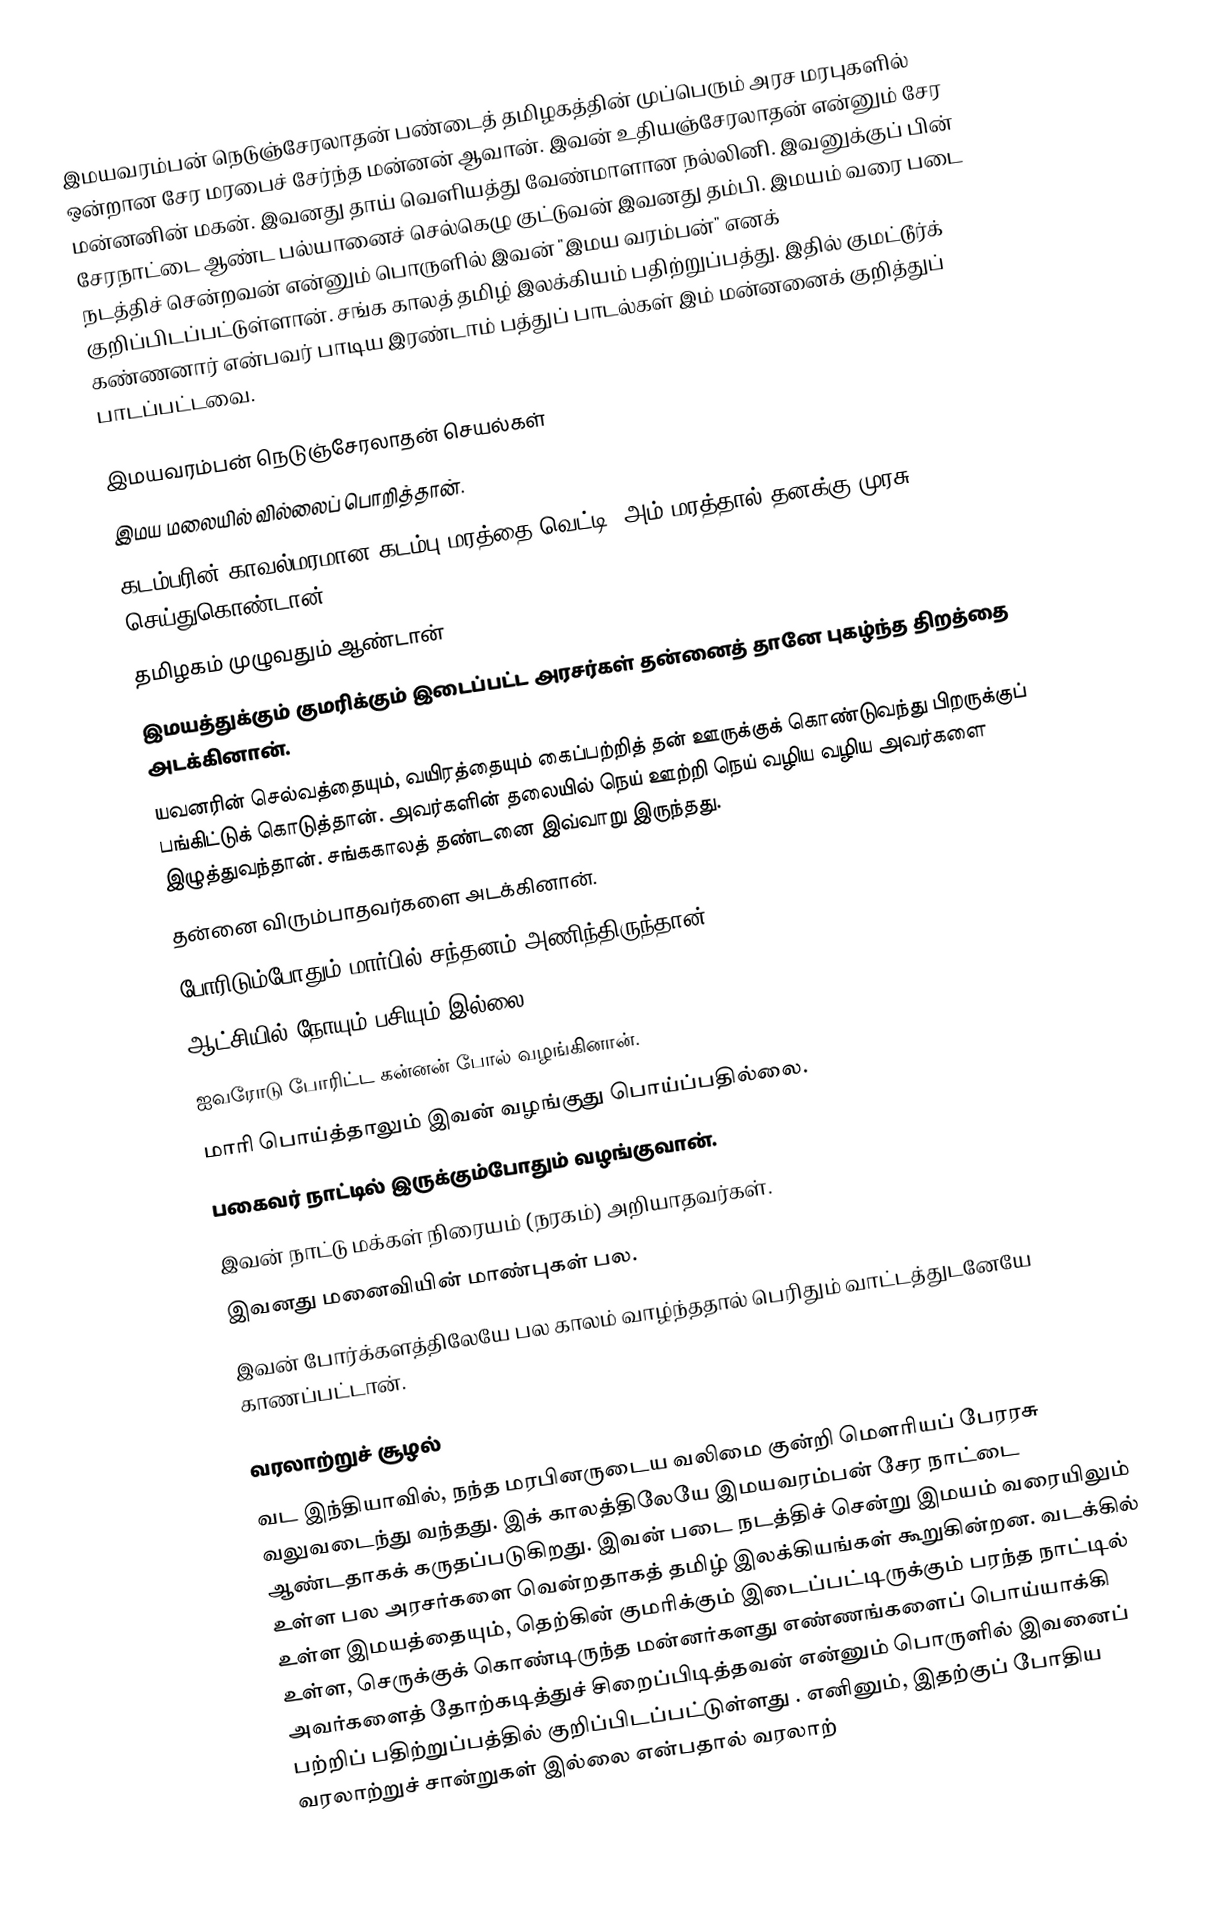
இமயவரம்பன் நெடுஞ்சேரலாதன் பண்டைத் தமிழகத்தின் முப்பெரும் அரச மரபுகளில் ஒன்றான சேர மரபைச் சேர்ந்த மன்னன் ஆவான். இவன் உதியஞ்சேரலாதன் என்னும் சேர மன்னனின் மகன். இவனது தாய் வெளியத்து வேண்மாளான நல்லினி. இவனுக்குப் பின் சேரநாட்டை ஆண்ட பல்யானைச் செல்கெழு குட்டுவன் இவனது தம்பி. இமயம் வரை படை நடத்திச் சென்றவன் என்னும் பொருளில் இவன் "இமய வரம்பன்" எனக் குறிப்பிடப்பட்டுள்ளான். சங்க காலத் தமிழ் இலக்கியம் பதிற்றுப்பத்து. இதில் குமட்டூர்க் கண்ணனார் என்பவர் பாடிய இரண்டாம் பத்துப் பாடல்கள் இம் மன்னனைக் குறித்துப் பாடப்பட்டவை.

இமயவரம்பன் நெடுஞ்சேரலாதன் செயல்கள்
இமய மலையில் வில்லைப் பொறித்தான்.
 கடம்பரின் காவல்மரமான கடம்பு மரத்தை வெட்டி, அம் மரத்தால் தனக்கு முரசு செய்துகொண்டான்
தமிழகம் முழுவதும் ஆண்டான்
இமயத்துக்கும் குமரிக்கும் இடைப்பட்ட அரசர்கள் தன்னைத் தானே புகழ்ந்த திறத்தை அடக்கினான்.
யவனரின் செல்வத்தையும், வயிரத்தையும் கைப்பற்றித் தன் ஊருக்குக் கொண்டுவந்து பிறருக்குப் பங்கிட்டுக் கொடுத்தான். அவர்களின் தலையில் நெய் ஊற்றி நெய் வழிய வழிய அவர்களை இழுத்துவந்தான்.  சங்ககாலத் தண்டனை இவ்வாறு இருந்தது.
தன்னை விரும்பாதவர்களை அடக்கினான்.
போரிடும்போதும் மார்பில் சந்தனம் அணிந்திருந்தான்.
ஆட்சியில் நோயும் பசியும் இல்லை.
ஐவரோடு போரிட்ட கன்னன் போல் வழங்கினான்.
மாரி பொய்த்தாலும் இவன் வழங்குது பொய்ப்பதில்லை.
பகைவர் நாட்டில் இருக்கும்போதும் வழங்குவான்.
இவன் நாட்டு மக்கள் நிரையம் (நரகம்) அறியாதவர்கள்.
இவனது மனைவியின் மாண்புகள் பல.
இவன் போர்க்களத்திலேயே பல காலம் வாழ்ந்ததால் பெரிதும் வாட்டத்துடனேயே காணப்பட்டான்.

வரலாற்றுச் சூழல்
வட இந்தியாவில், நந்த மரபினருடைய வலிமை குன்றி மௌரியப் பேரரசு வலுவடைந்து வந்தது. இக் காலத்திலேயே இமயவரம்பன் சேர நாட்டை ஆண்டதாகக் கருதப்படுகிறது. இவன் படை நடத்திச் சென்று இமயம் வரையிலும் உள்ள பல அரசர்களை வென்றதாகத் தமிழ் இலக்கியங்கள் கூறுகின்றன. வடக்கில் உள்ள இமயத்தையும், தெற்கின் குமரிக்கும் இடைப்பட்டிருக்கும் பரந்த நாட்டில் உள்ள, செருக்குக் கொண்டிருந்த மன்னர்களது எண்ணங்களைப் பொய்யாக்கி அவர்களைத் தோற்கடித்துச் சிறைப்பிடித்தவன் என்னும் பொருளில் இவனைப் பற்றிப் பதிற்றுப்பத்தில் குறிப்பிடப்பட்டுள்ளது . எனினும், இதற்குப் போதிய வரலாற்றுச் சான்றுகள் இல்லை என்பதால் வரலாற்